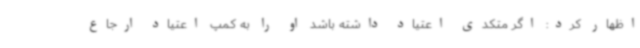
اظهار کرد: اگر متکدی اعتیاد داشته باشد او را به کمپ اعتیاد ارجاع